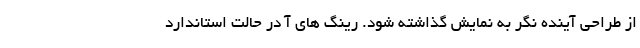
از طراحی آینده نگر به نمایش گذاشته شود. رینگ های آ در حالت استاندارد